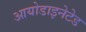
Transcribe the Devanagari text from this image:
आयोडाइनेटेड